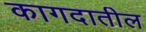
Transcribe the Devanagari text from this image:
कागदातील